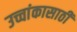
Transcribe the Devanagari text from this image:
उच्चांकासाठी